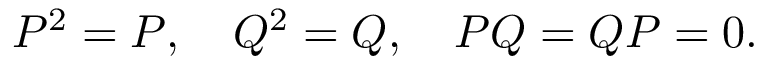
P ^ { 2 } = P , \quad Q ^ { 2 } = Q , \quad P Q = Q P = 0 .